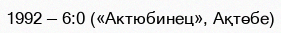
1992 — 6:0 («Актюбинец», Ақтөбе)